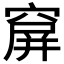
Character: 𥧋